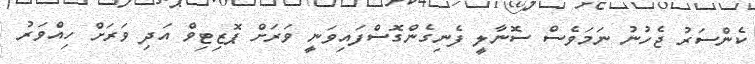
ކެންސަރު ޖެހުނު ނަމަވެސް ސޮނާލީ ފެނިގެންގޮސްފައިވަނީ ވަރަށް ޕޮޒިޓިވް އަދި ވަރަށް ހިއްވަރު